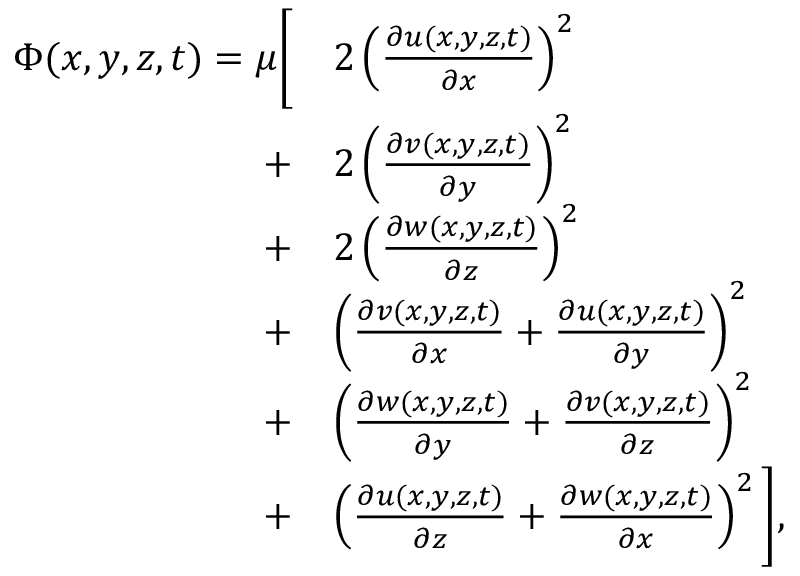
\begin{array} { r l } { \Phi ( x , y , z , t ) = \mu \Bigg [ } & { 2 \left( \frac { \partial u ( x , y , z , t ) } { \partial x } \right) ^ { 2 } } \\ { + } & { 2 \left( \frac { \partial v ( x , y , z , t ) } { \partial y } \right) ^ { 2 } } \\ { + } & { 2 \left( \frac { \partial w ( x , y , z , t ) } { \partial z } \right) ^ { 2 } } \\ { + } & { \left( \frac { \partial v ( x , y , z , t ) } { \partial x } + \frac { \partial u ( x , y , z , t ) } { \partial y } \right) ^ { 2 } } \\ { + } & { \left( \frac { \partial w ( x , y , z , t ) } { \partial y } + \frac { \partial v ( x , y , z , t ) } { \partial z } \right) ^ { 2 } } \\ { + } & { \left( \frac { \partial u ( x , y , z , t ) } { \partial z } + \frac { \partial w ( x , y , z , t ) } { \partial x } \right) ^ { 2 } \Bigg ] \mathrm { , } } \end{array}